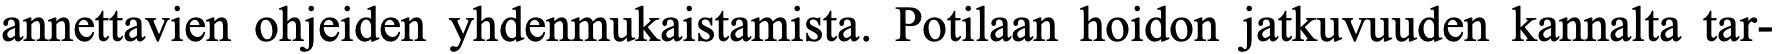
annettavien ohjeiden yhdenmukaistamista. Potilaan hoidon jatkuvuuden kannalta tar-